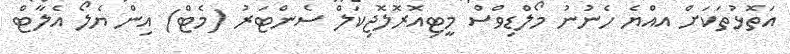
އަތޮޅުތަކަށް އއްޔެ ހެނުނު މޯލްޑިވްސް މީޓިއޮރޮލޮޖިކަލް ސެންޓަރު (މެޓް) އިން ޔެލޯ އެލާޓް